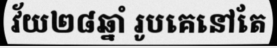
វ័យ២៨ឆ្នាំ រូបគេនៅតែ